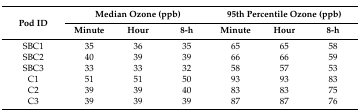
<table><thead><tr><td rowspan="2"><b>Pod ID</b></td><td colspan="3"><b>Median Ozone (ppb)</b></td><td colspan="3"><b>95th Percentile Ozone (ppb)</b></td></tr><tr><td><b>Minute</b></td><td><b>Hour</b></td><td><b>8-h</b></td><td><b>Minute</b></td><td><b>Hour</b></td><td><b>8-h</b></td></tr></thead><tbody><tr><td>SBC1</td><td>35</td><td>36</td><td>35</td><td>65</td><td>65</td><td>58</td></tr><tr><td>SBC2</td><td>40</td><td>39</td><td>39</td><td>66</td><td>66</td><td>59</td></tr><tr><td>SBC3</td><td>33</td><td>33</td><td>32</td><td>58</td><td>57</td><td>53</td></tr><tr><td>C1</td><td>51</td><td>51</td><td>50</td><td>93</td><td>93</td><td>83</td></tr><tr><td>C2</td><td>39</td><td>39</td><td>40</td><td>83</td><td>83</td><td>75</td></tr><tr><td>C3</td><td>39</td><td>39</td><td>39</td><td>87</td><td>87</td><td>76</td></tr></tbody></table>